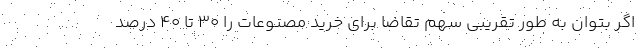
اگر بتوان به طور تقریبی سهم تقاضا برای خرید مصنوعات را ۳۰ تا ۴۰ درصد